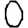
Digit: 0